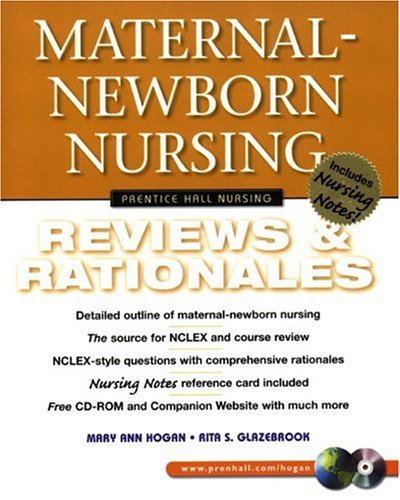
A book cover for Maternal-Newborn Nursing: Reviews & Rationales; Mary Ann Hogan; Medical Books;